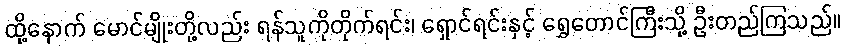
ထို့နောက် မောင်မျိုးတို့လည်း ရန်သူကိုတိုက်ရင်း၊ ရှောင်ရင်းနှင့် ရွှေတောင်ကြီးသို့ ဦးတည်ကြသည်။